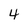
Character: 4